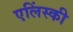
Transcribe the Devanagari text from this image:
एलिंस्की